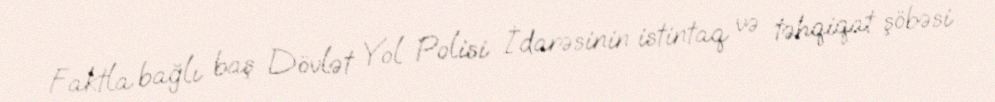
Faktla bağlı baş Dövlət Yol Polisi İdarəsinin istintaq və təhqiqat şöbəsi